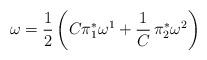
LaTeX: \begin{align*}\omega =\frac{1}{2}\left( C\pi _{1}^{\ast }\omega ^{1}+\frac{1}{C}\,\pi_{2}^{\ast }\omega ^{2}\right) \end{align*}